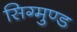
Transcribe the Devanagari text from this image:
सिग्मुण्ड